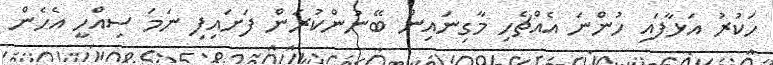
ހަކުރު އަޅާފައި ހުންނަ އެއްޗެހި މާގިނައިން ބޭނުންކުރަން ފަށައިފި ނަމަ ސިއްހީ އެހެން